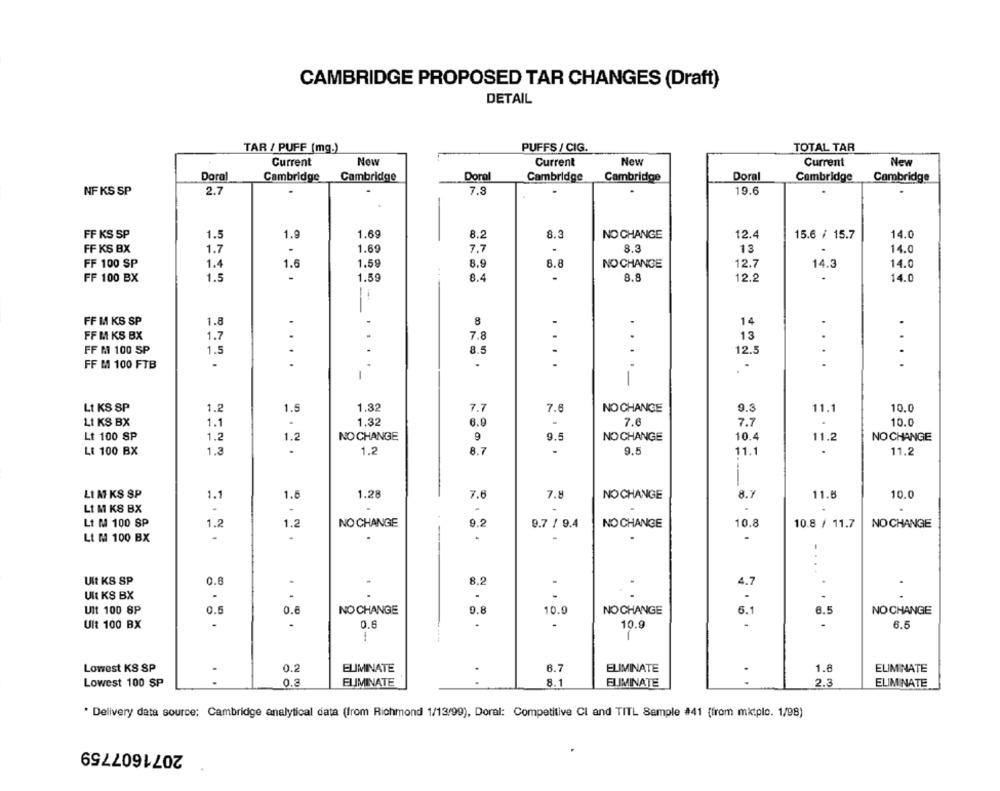
CAMBRIDGE PROPOSED TAR CHANGES (Draft)
DETAIL
TAR / PUFF (mg.)
PUFFS / CIG.
TOTAL TAR
Current
New
Current
New
Current
New
Doral
Cambridge
Cambridge
Doral
Cambridge
Cambridge
Doral
Cambridge
Cambridge
NF KS SP
2.7
7.8
19.6
FF KS SP
1.5
1.9
1.69
8.2
8.3
NO CHANGE
12.4
15.6 / 15.7
14.0
FF KS BX
1.7
.
1.69
7.7
.
8.3
13
14.0
FF 100 SP
1.4
1.6
1.59
8.9
8.8
NO CHANGE
12.7
14.3
14.0
FF 100 BX
1.5
-
1.59
8.4
8.8
12.2
14.0
-
FF M KS SP
1.8
.
8
.
14
FF M KS BX
1.7
7.8
13
.
8.5
FF M 100 SP
1.5
12.5
FF M 100 FTB
.
.
..
.-
-
LI KS SP
1.2
1.5
1.32
7.7
7.6
NO CHANGE
9.3
11.1
10.0
LI KS BX
1.1
.
1.32
6.0
7.6
7.7
10.0
Lt 100 SP
1.2
NO CHANGE
9
9.5
10.4
11.2
NO CHANGE
1.2
NO CHANGE
LE 100 BX
1.3
.
1.2
8.7
-
9.5
11.1
.
11.2
LI M KS SP
1.1
1.5
1.28
7.6
7.8
NO CHANGE
8.7
11.8
10.0
LI M KS BX
.
Lt M 100 SP
1.2
1.2
NO CHANGE
9.2
10.8
9.7 / 9.4
NO CHANGE
10.8 / 11.7
NO CHANGE
LI M 100 BX
.
--
UIt KS SP
0.8
.
8.2
4.7
.
Ut KS BX
.
.... . .
Ult 100 8P
0.5
0.6
NO CHANGE
0.8
NO CHANGE
6.1
6.5
10.9
NO CHANGE
Ult 100 BX
.
0.6
.
10.9
6.5
Lowest KS SP
0.2
ELIMINATE
6.7
ELIMINATE
1.8
ELIMINATE
. .
. .
Lowest 100 SP
0.2
ELIMINATE
8.1
ELIMINATE
2.3
ELIMINATE
* Delivery data source: Cambridge analytical data (from Richmond 1/13/99), Doral: Competitive Cl and TITL Sample #41 (from mitplc. 1/98)
2071607759